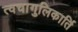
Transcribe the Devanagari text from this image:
त्वचागुलिकार्ति